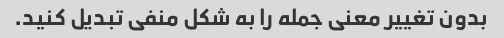
بدون تغییر معنی جمله را به شکل منفی تبدیل کنید.